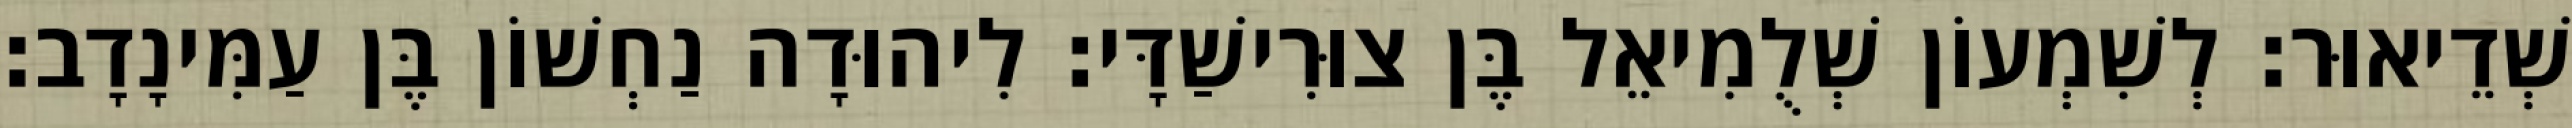
שְׁדֵיאוּר׃ לְשִׁמְעוֹן שְׁלֻמִיאֵל בֶּן צוּרִישַׁדָּי׃ לִיהוּדָה נַחְשׁוֹן בֶּן עַמִּינָדָב׃